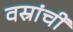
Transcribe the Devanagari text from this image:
वस्रांचीं